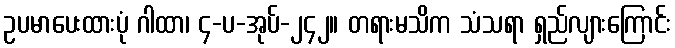
ဥပမာပေးထားပုံ ဂါထာ၊ ၄-ပ-အုပ်-၂၄၂။ တရားမသိက သံသရာ ရှည်လျားကြောင်း